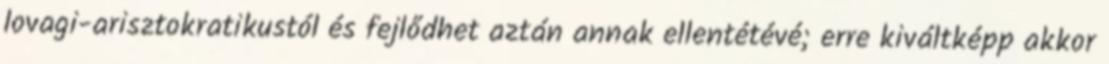
lovagi-arisztokratikustól és fejlődhet aztán annak ellentétévé; erre kiváltképp akkor